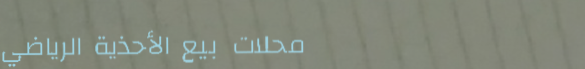
محلات بيع الأحذية الرياضي